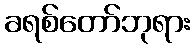
ခရစ်တော်ဘုရား